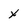
Character: X